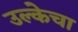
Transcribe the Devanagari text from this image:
उल्केचा